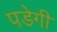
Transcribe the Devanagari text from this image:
पडेगी